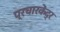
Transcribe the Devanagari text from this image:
प्रचारकेंद्र